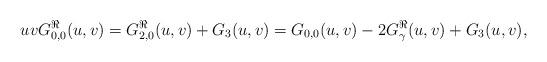
LaTeX: \begin{align*} uv G_{0,0}^\Re(u,v) = G_{2,0}^\Re(u,v) + G_3(u,v) = G_{0,0}(u,v) - 2 G_\gamma^\Re(u,v) + G_3(u,v), \end{align*}